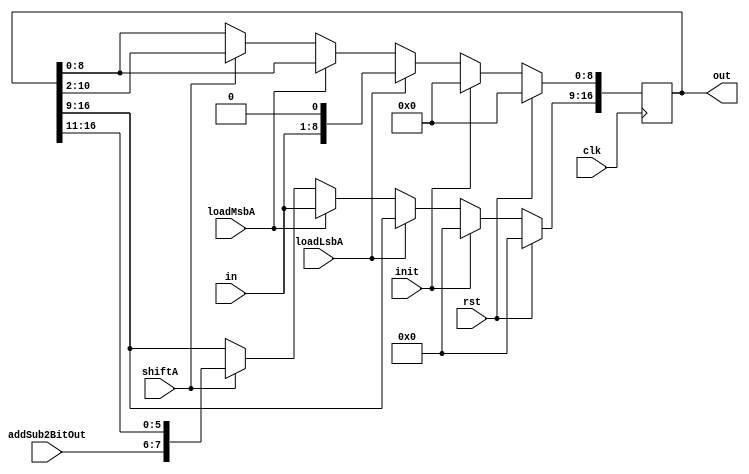
module ShiftRegA(output reg[16:0] out, input clk, rst, init, loadLsbA, loadMsbA, shiftA, input[1:0] addSub2BitOut, input[7:0] in);
    always @(posedge clk) begin
        if(rst)
            out <= 17'd0;
        else if(init)
            out <= 17'd0;
        else if(loadLsbA)
            out[8:0] <= {in , 1'b0};
        else if(loadMsbA)
            out[16:9] <= in;
        else if(shiftA)
            out <= {addSub2BitOut, out[16:2]};
    end
endmodule

module RegB(output reg [15:0] out, input clk, rst, loadLsbB, loadMsbB, input[7:0] in);
        always @(posedge clk) begin
        if(rst)
            out <= 16'd0;
        else if(loadLsbB)
            out[7:0] <= in;
        else if(loadMsbB)
            out[15:8] <= in;
        end
endmodule

module RegPartial(output reg [15:0] out, input clk, rst, init, loadPartial, input[15:0] in);
    always @(posedge clk) begin
        if(rst)
            out <= 16'd0;
        else if(init)
            out <= 16'd0;
        else if(loadPartial)
            out <= in;
    end
endmodule

module MUX(output [15:0] out, input [1:0] sel, input [15:0] in1, in2, in3, in4);
    assign out = (sel == 2'b00) ? in1:
                 (sel == 2'b01) ? in2:
                 (sel == 2'b10) ? in3:
                 (sel == 2'b11) ? in4:
                 in2;
endmodule

module Mux2(output [15:0] out, input sel, input [31:0] a);
    assign out = sel ? a[15:0] : a[31:16];
endmodule

module Adder(output [15:0] out, input selAddSub, input [15:0] B, P);
    wire [15:0] add;
    wire [15:0] sub;
    assign add = P + B;
    assign sub = P - B;
    assign out = selAddSub ? sub : add;
endmodule

module DataPath(output [15:0] out, output [2:0] selA, input loadLsbA, loadMsbA, loadLsbB, loadMsbB, initA, initP, shiftA,
                loadPartial, input [7:0] in, input[1:0] selMux, input selAddSub, muxSel, clk, rst);
    
    wire [16:0] outA;
    wire [15:0] outB, shiftB, outP, outMux, addSubOut;
    assign shiftB = outB << 2;
    wire [31:0] Res;
    assign Res = {addSubOut, outA[16:1]};
    assign selA = outA[2:0];
    ShiftRegA registerShA(outA, clk, rst, initA, loadLsbA, loadMsbA, shiftA, addSubOut[1:0], in);
    RegB registerB(outB, clk, rst, loadLsbB, loadMsbB, in);
    RegPartial registerP(outP, clk, rst, initP, loadPartial, {addSubOut[15], addSubOut[15], addSubOut[15:2]});
    MUX mux(outMux, selMux, shiftB, 16'd0, outB, 16'd0);
    Adder addSub(addSubOut, selAddSub, outMux, outP);
    Mux2 mux2(out, muxSel, Res);
endmodule